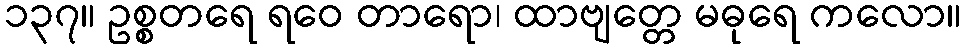
၁၃၇။ ဥစ္စတရေ ရဝေ တာရော၊ ထာဗျတ္တေ မဓုရေ ကလော။